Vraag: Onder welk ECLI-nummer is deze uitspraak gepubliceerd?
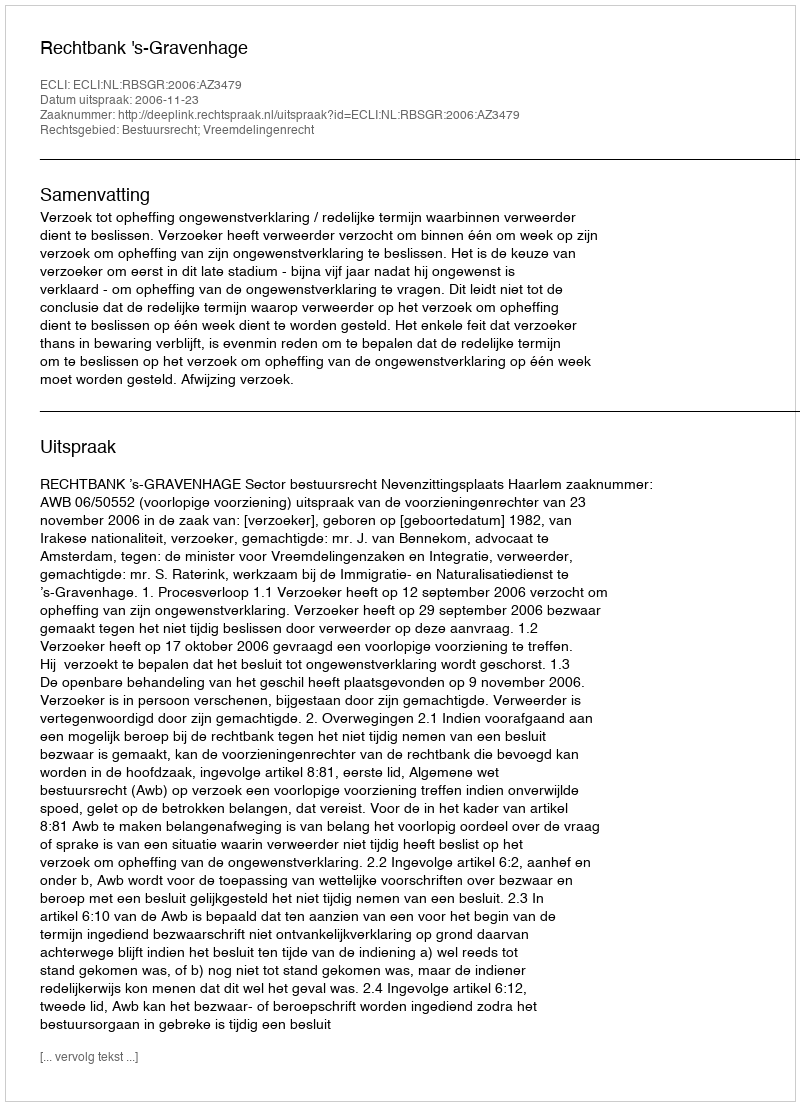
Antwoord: ECLI:NL:RBSGR:2006:AZ3479